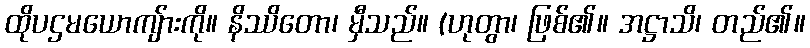
ထိုပဌမယောကျ်ားကို။ နိဿိတော၊ မှီသည်။ (ဟုတွာ၊ ဖြစ်၏။ အဋ္ဌာသိ၊ တည်၏။